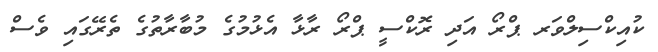
ކުއިކްސިލްވަރ ޕްރޯ އަދި ރޮކްސީ ޕްރޯ ރާޅާ އެޅުމުގެ މުބާރާތުގެ ތެރޭގައި ވެސް